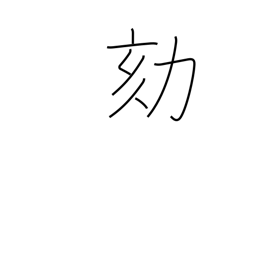
Meaning: criminal investigation